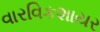
વારવિકશાયર